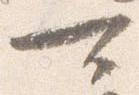
可